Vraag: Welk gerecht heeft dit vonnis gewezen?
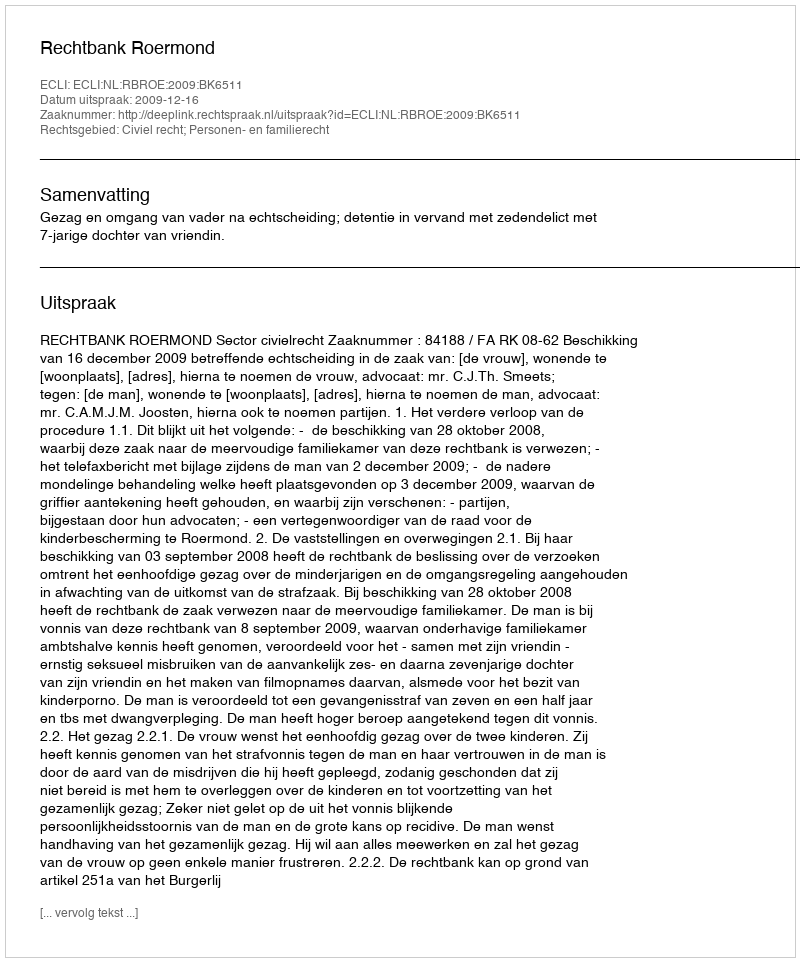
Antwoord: Rechtbank Roermond